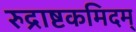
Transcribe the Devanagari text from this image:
रुद्राष्टकमिदम्